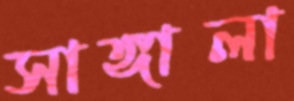
সাঙ্গালা